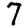
Digit: 7